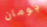
بومان